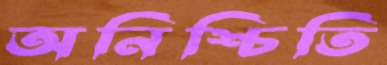
অনিশ্চিতি